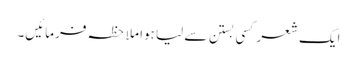
ایک شعر کسی بستن سے لیا ہوا ملاحظہ فرمائیں۔